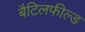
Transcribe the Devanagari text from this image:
बैटिलफील्ड